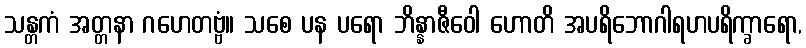
သန္တကံ အတ္တနာ ဂဟေတဗ္ဗံ။ သစေ ပန ပရော ဘိန္နာဇီဝေါ ဟောတိ အပရိဘောဂါရဟပရိက္ခာရော,